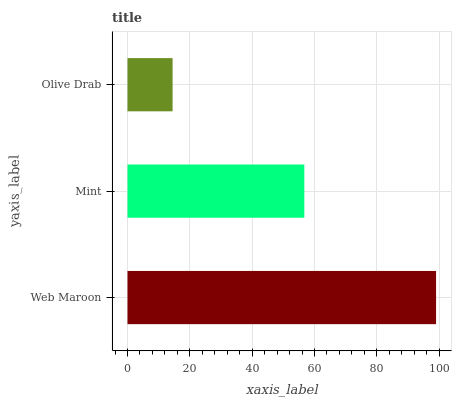
| yaxis_label | bars |
 | --- | --- |
 | Web Maroon | 99 |
 | Mint | 56.7 |
 | Olive Drab | 14.5 |